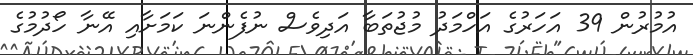
އުމުރުން 39 އަހަރުގެ އަހްމަދު މުޖުތަބާ އަދިވެސް ނުފެންނަ ކަމަށާއި އޭނާ ހޯދުމުގެ